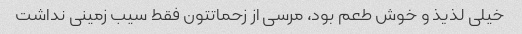
خیلی لذیذ و خوش طعم بود، مرسی از زحماتتون فقط سیب زمینی نداشت